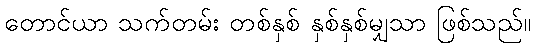
တောင်ယာ သက်တမ်း တစ်နှစ် နှစ်နှစ်မျှသာ ဖြစ်သည်။